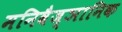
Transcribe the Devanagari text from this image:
मनिवैज्ञानिक